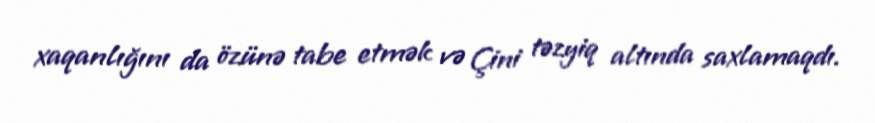
xaqanlığını da özünə tabe etmək və Çini təzyiq altında saxlamaqdı.